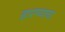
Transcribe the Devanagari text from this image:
हारण्याचा